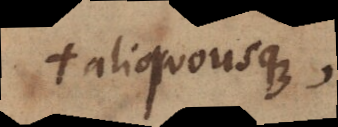
+ aliquousque,